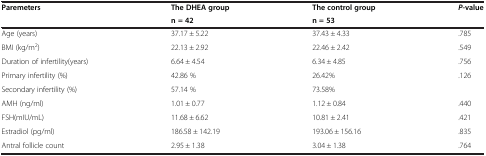
| Paremeters | The DHEA group | The control group | P-value |
 |  | n = 42 | n = 53 |  |
 | --- | --- | --- | --- |
 | Age (years) | 37.17 ± 5.22 | 37.43 ± 4.33 | .785 |
 | BMI (kg/m2) | 22.13 ± 2.92 | 22.46 ± 2.42 | .549 |
 | Duration of infertility(years) | 6.64 ± 4.54 | 6.34 ± 4.85 | .756 |
 | Primary infertility (%) | 42.86 % | 26.42% | .126 |
 | Secondary infertility (%) | 57.14 % | 73.58% |  |
 | AMH (ng/ml) | 1.01 ± 0.77 | 1.12 ± 0.84 | .440 |
 | FSH(mIU/mL) | 11.68 ± 6.62 | 10.81 ± 2.41 | .421 |
 | Estradiol (pg/ml) | 186.58 ± 142.19 | 193.06 ± 156.16 | .835 |
 | Antral follicle count | 2.95 ± 1.38 | 3.04 ± 1.38 | .764 |